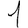
Digit: 1